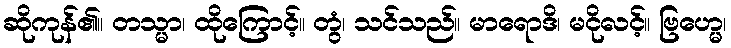
ဆိုကုန်၏။ တသ္မာ၊ ထိုကြောင့်။ တွံ၊ သင်သည်။ မာရောဒိ၊ မငိုလင့်။ ဗြဟ္မေ၊